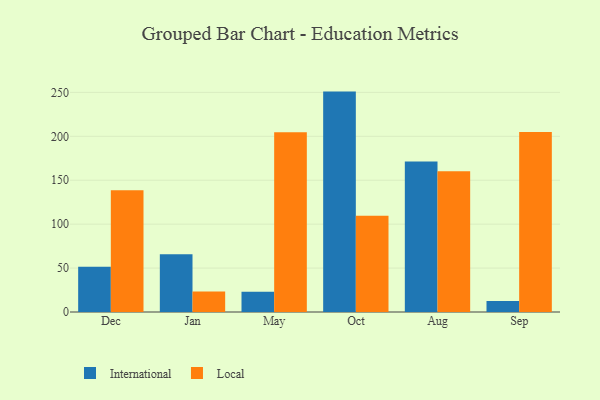
{"axis": {"x": "Month", "y": "Tickets Resolved"}, "legend": ["International", "Local"], "data": [{"x": "Dec", "y": 51.4, "type": "International"}, {"x": "Dec", "y": 138.6, "type": "Local"}, {"x": "Jan", "y": 65.6, "type": "International"}, {"x": "Jan", "y": 23.3, "type": "Local"}, {"x": "May", "y": 23.1, "type": "International"}, {"x": "May", "y": 204.6, "type": "Local"}, {"x": "Oct", "y": 250.9, "type": "International"}, {"x": "Oct", "y": 109.5, "type": "Local"}, {"x": "Aug", "y": 171.4, "type": "International"}, {"x": "Aug", "y": 160.3, "type": "Local"}, {"x": "Sep", "y": 12.5, "type": "International"}, {"x": "Sep", "y": 204.8, "type": "Local"}]}